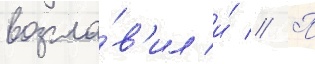
возгла́в'ил и́ // П